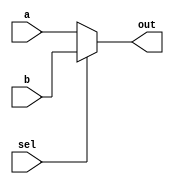
//
//
// https://hdlbits.01xz.net/wiki/Mux2to1
//
//

`default_nettype none

module top_module (
    input   a,
    input   b,
    input   sel,
    output  out
);

    assign out = sel ? b : a;

endmodule